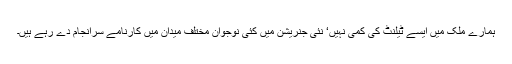
ہمارے ملک میں ایسے ٹیلنٹ کی کمی نہیں‘ نئی جنریشن میں کئی نوجوان مختلف میدان میں کارنامے سرانجام دے رہے ہیں۔